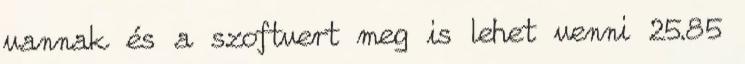
vannak és a szoftvert meg is lehet venni 25.85